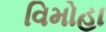
વિમોહા